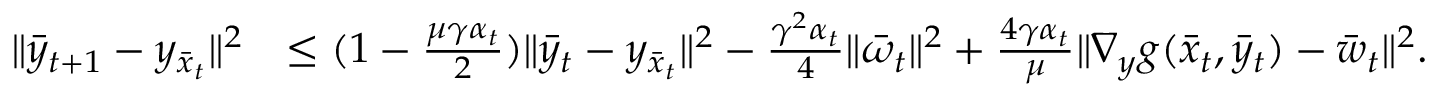
\begin{array} { r l } { \| \bar { y } _ { t + 1 } - y _ { \bar { x } _ { t } } \| ^ { 2 } } & { \leq ( 1 - \frac { \mu \gamma \alpha _ { t } } { 2 } ) \| \bar { y } _ { t } - y _ { \bar { x } _ { t } } \| ^ { 2 } - \frac { \gamma ^ { 2 } \alpha _ { t } } { 4 } \| \bar { \omega } _ { t } \| ^ { 2 } + \frac { 4 \gamma \alpha _ { t } } { \mu } \| \nabla _ { y } g ( \bar { x } _ { t } , \bar { y } _ { t } ) - \bar { w } _ { t } \| ^ { 2 } . } \end{array}